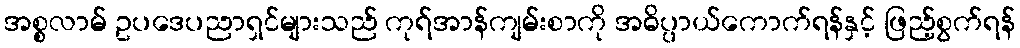
အစ္စလာမ် ဥပဒေပညာရှင်များသည် ကုရ်အာန်ကျမ်းစာကို အဓိပ္ပာယ်ကောက်ရန်နှင့် ဖြည့်စွက်ရန်